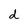
Character: d